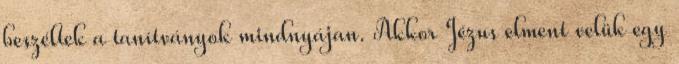
beszéltek a tanítványok mindnyájan. Akkor Jézus elment velük egy